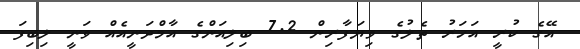
އޭގެ ކުރީ އަހަރު ތެލުގެ ވިޔަފާރިން 7.2 ބިލިއަންގެ އާމްދަނީއެއް ވަނީ ލިބިފަ